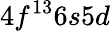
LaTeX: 4f^{13}6s5d